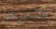
تخبرها